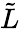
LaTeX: \tilde{L}